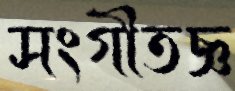
সংগীতজ্ঞ